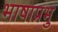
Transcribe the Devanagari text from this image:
भाषाप्रभु